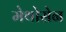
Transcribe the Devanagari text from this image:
मेथोसेन